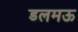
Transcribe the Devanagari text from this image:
डलमऊ